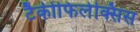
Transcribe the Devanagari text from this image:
टैकीफिलेक्सिस